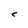
Character: C